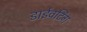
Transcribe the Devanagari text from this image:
डाईवर्टिंग